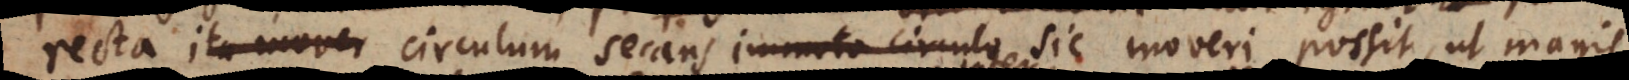
recta circulum secans immoto circulo sic moveri possit, ut magis